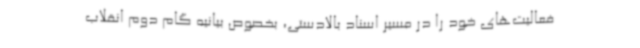
فعالیت‌های خود را در مسیر اسناد بالادستی، بخصوص بیانیه گام دوم انقلاب